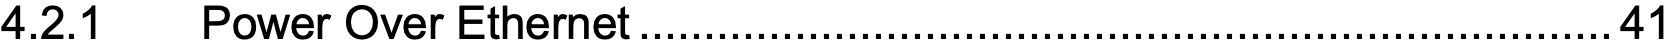
4.2.1  Power Over Ethernet...........................................................................41